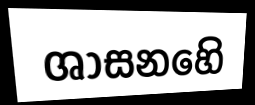
ශාසනහෙි